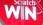
win